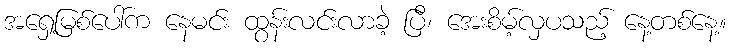
အရှေ့မြစ်ပေါ်က နေမင်း ထွန်းလင်းလာခဲ့ ပြီ၊ အေးစိမ့်လှပသည့် နေ့တစ်နေ့။